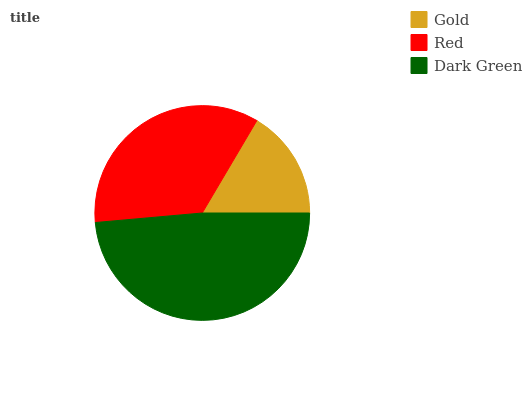
| Gold | Red | Dark Green |
 | --- | --- | --- |
 | 16.6% | 34.9% | 48.6% |